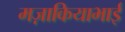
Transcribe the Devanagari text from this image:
मज़ाकियाभाई